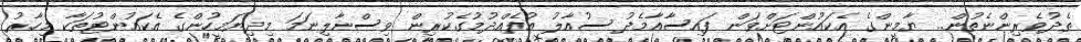
ތެދުވެރިންނެތުން.. ޔާމީންގެ އެކައުންޓަށްވަން ފައިސާއާމެދު ސުއާލު އުފެއްދުމުގެކުރިން ވިސްނާލިނަމަ މިދިޔަމީހުންގެ އެކައުންޓުތަކާ މިހާރު